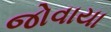
જોવાયા